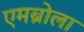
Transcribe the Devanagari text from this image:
एमब्रोला